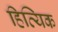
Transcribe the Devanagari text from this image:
हित्यिक